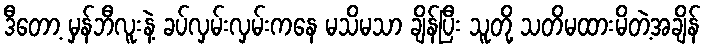
ဒီတော့ မှန်ဘီလူးနဲ့ ခပ်လှမ်းလှမ်းကနေ မသိမသာ ချိန်ပြီး သူတို့ သတိမထားမိတဲ့အချိန်